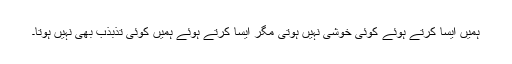
ہمیں ایسا کرتے ہوئے کوئی خوشی نہیں ہوتی مگر ایسا کرتے ہوئے ہمیں کوئی تذبذب بھی نہیں ہوتا۔